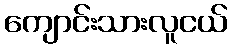
ကျောင်းသားလူငယ်